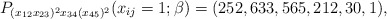
\begin{gather*}P_{(x_{12}x_{23})^2 x_{34} (x_{45})^2}(x_{ij}=1;\beta)=(252,633,565,212,30,1),\end{gather*}